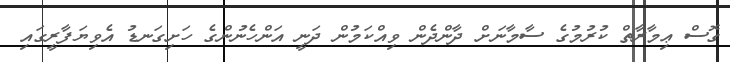
ގޮސް ޢިމާރާތް ކުރުމުގެ ސާމާނަށް ދާންދެން ވިއްކަމުން ދަނީ އަންހެނުންގެ ހަށިގަނޑު އެވިޔަފާރީގައި